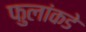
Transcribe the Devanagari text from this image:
फुलांकडे